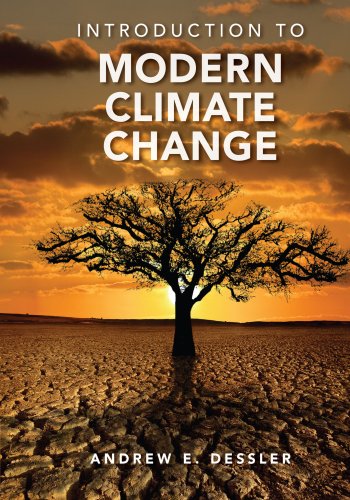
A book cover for Introduction to Modern Climate Change; Professor Andrew Dessler; Science & Math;